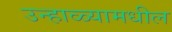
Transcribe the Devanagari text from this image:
उन्हाळ्यामधील